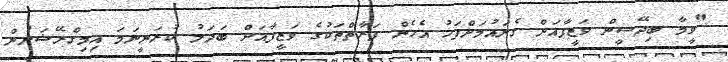
"ވީމާ ބިދޭސީން ވަޒީފާއަށް ގެނައުމަށްފަހު އެހެން ފަރާތްތަކުގެ ވަޒީފާއަށް ބަދަލު ކުރަނީނަމަ އިމިގްރޭޝަނުން